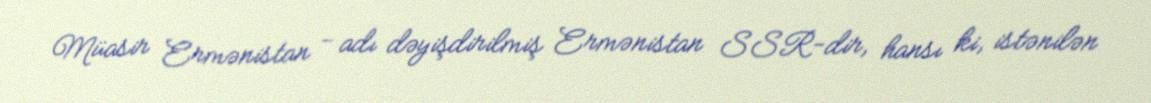
Müasir Ermənistan - adı dəyişdirilmiş Ermənistan SSR-dir, hansı ki, istənilən